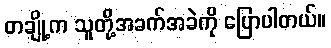
တချို့က သူတို့အခက်အခဲကို ပြောပါတယ်။